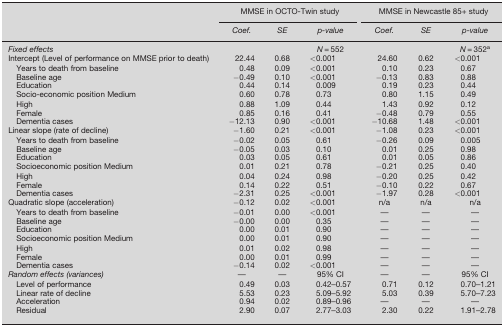
<table><thead><tr><td></td><td colspan="3"><b>MMSE in OCTO‐Twin study</b></td><td colspan="3"><b>MMSE in Newcastle 85+ study</b></td></tr><tr><td></td><td><b><i>Coef.</i></b></td><td><b><i>SE</i></b></td><td><b><i>p‐value</i></b></td><td><b><i>Coef.</i></b></td><td><b><i>SE</i></b></td><td><b><i>p‐value</i></b></td></tr></thead><tbody><tr><td><i>Fixed effects</i></td><td></td><td></td><td><i>N</i> = 552</td><td></td><td></td><td><i>N</i> = 352a</td></tr><tr><td>Intercept (Level of performance on MMSE prior to death)</td><td>22.44</td><td>0.68</td><td>&lt;0.001</td><td>24.60</td><td>0.62</td><td>&lt;0.001</td></tr><tr><td>Years to death from baseline</td><td>0.48</td><td>0.09</td><td>&lt;0.001</td><td>0.10</td><td>0.23</td><td>0.67</td></tr><tr><td>Baseline age</td><td>−0.49</td><td>0.10</td><td>&lt;0.001</td><td>−0.13</td><td>0.83</td><td>0.88</td></tr><tr><td>Education</td><td>0.44</td><td>0.14</td><td>0.009</td><td>0.19</td><td>0.23</td><td>0.44</td></tr><tr><td>Socio‐economic position Medium</td><td>0.60</td><td>0.78</td><td>0.73</td><td>0.80</td><td>1.15</td><td>0.49</td></tr><tr><td>High</td><td>0.88</td><td>1.09</td><td>0.44</td><td>1.43</td><td>0.92</td><td>0.12</td></tr><tr><td>Female</td><td>0.85</td><td>0.16</td><td>0.41</td><td>−0.48</td><td>0.79</td><td>0.55</td></tr><tr><td>Dementia cases</td><td>−12.13</td><td>0.90</td><td>&lt;0.001</td><td>−10.68</td><td>1.48</td><td>&lt;0.001</td></tr><tr><td>Linear slope (rate of decline)</td><td>−1.60</td><td>0.21</td><td>&lt;0.001</td><td>−1.08</td><td>0.23</td><td>&lt;0.001</td></tr><tr><td>Years to death from baseline</td><td>−0.02</td><td>0.05</td><td>0.61</td><td>−0.26</td><td>0.09</td><td>0.005</td></tr><tr><td>Baseline age</td><td>−0.05</td><td>0.03</td><td>0.10</td><td>0.01</td><td>0.25</td><td>0.98</td></tr><tr><td>Education</td><td>0.03</td><td>0.05</td><td>0.61</td><td>0.01</td><td>0.05</td><td>0.86</td></tr><tr><td>Socioeconomic position Medium</td><td>0.01</td><td>0.21</td><td>0.78</td><td>−0.21</td><td>0.25</td><td>0.40</td></tr><tr><td>High</td><td>0.04</td><td>0.24</td><td>0.98</td><td>−0.20</td><td>0.25</td><td>0.42</td></tr><tr><td>Female</td><td>0.14</td><td>0.22</td><td>0.51</td><td>−0.10</td><td>0.22</td><td>0.67</td></tr><tr><td>Dementia cases</td><td>−2.31</td><td>0.25</td><td>&lt;0.001</td><td>−1.97</td><td>0.28</td><td>&lt;0.001</td></tr><tr><td>Quadratic slope (acceleration)</td><td>−0.12</td><td>0.02</td><td>&lt;0.001</td><td>n/a</td><td>n/a</td><td>n/a</td></tr><tr><td>Years to death from baseline</td><td>−0.01</td><td>0.00</td><td>&lt;0.001</td><td>—</td><td>—</td><td>—</td></tr><tr><td>Baseline age</td><td>−0.00</td><td>0.00</td><td>0.35</td><td>—</td><td>—</td><td>—</td></tr><tr><td>Education</td><td>0.00</td><td>0.01</td><td>0.90</td><td>—</td><td>—</td><td>—</td></tr><tr><td>Socioeconomic position Medium</td><td>0.00</td><td>0.01</td><td>0.90</td><td>—</td><td>—</td><td>—</td></tr><tr><td>High</td><td>0.01</td><td>0.02</td><td>0.98</td><td>—</td><td>—</td><td>—</td></tr><tr><td>Female</td><td>0.00</td><td>0.01</td><td>0.99</td><td>—</td><td>—</td><td>—</td></tr><tr><td>Dementia cases</td><td>−0.14</td><td>0.02</td><td>&lt;0.001</td><td>—</td><td>—</td><td>—</td></tr><tr><td><i>Random effects (variances)</i></td><td>—</td><td>—</td><td>95% CI</td><td>—</td><td>—</td><td>95% CI</td></tr><tr><td>Level of performance</td><td>0.49</td><td>0.03</td><td>0.42–0.57</td><td>0.71</td><td>0.12</td><td>0.70–1.21</td></tr><tr><td>Linear rate of decline</td><td>5.53</td><td>0.23</td><td>5.09–5.92</td><td>5.03</td><td>0.39</td><td>5.70–7.23</td></tr><tr><td>Acceleration</td><td>0.94</td><td>0.02</td><td>0.89–0.96</td><td>—</td><td>—</td><td>—</td></tr><tr><td>Residual</td><td>2.90</td><td>0.07</td><td>2.77–3.03</td><td>2.30</td><td>0.22</td><td>1.91–2.78</td></tr></tbody></table>